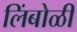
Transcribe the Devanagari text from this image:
लिंबोळी